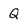
Character: Q